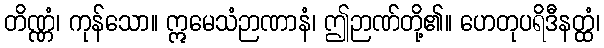
တိဏ္ဏံ၊ ကုန်သော။ ဣမေသံဉာဏာနံ၊ ဤဉာဏ်တို့၏။ ဟေတုပရိဒီနတ္ထံ၊